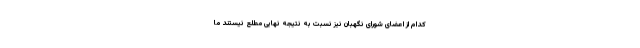
کدام از اعضای شورای نگهبان نیز نسبت به نتیجه نهایی مطلع نیستند ما